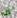
إن